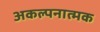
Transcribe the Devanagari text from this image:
अकल्पनात्मक